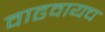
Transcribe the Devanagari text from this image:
वाढवायच